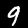
Digit: 9